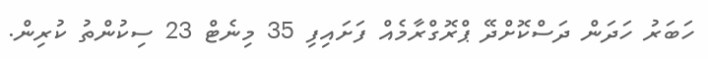
ހަބަރު ހަދަން ދަސްކޮށްދޭ ޕްރޮގްރާމެއް ފަށައިފި 35 މިނެޓް 23 ސިކުންތު ކުރިން.